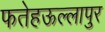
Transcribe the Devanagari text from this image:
फतेहऊल्लापुर